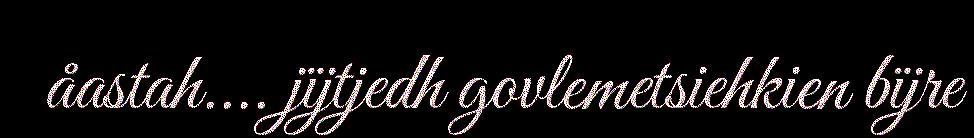
åastah.... jïjtjedh govlemetsiehkien bïjre